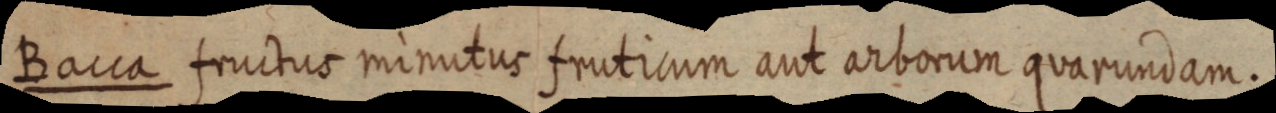
Bacca fructus minutus fruticum aut arborum quarundam.